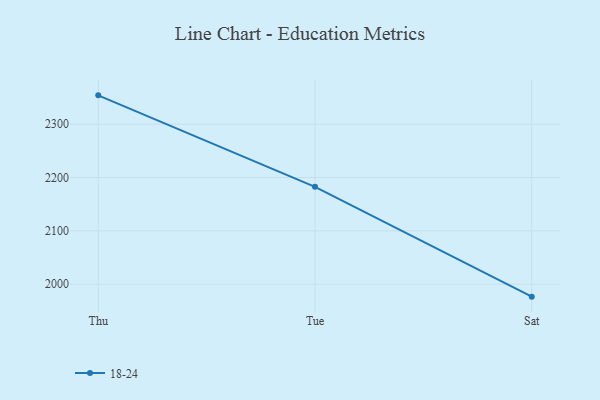
{"axis": {"x": "Day", "y": "Production Output"}, "legend": ["18-24"], "data": [{"x": "Thu", "y": 2354.1, "type": "18-24"}, {"x": "Tue", "y": 2182.5, "type": "18-24"}, {"x": "Sat", "y": 1976.6, "type": "18-24"}]}